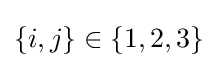
\{i,j\}\in \{1,2,3\}